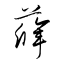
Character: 薛